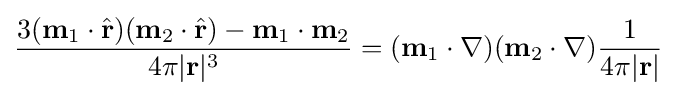
{\frac {3(\mathbf {m} _{1}\cdot {\hat {\mathbf {r} }})(\mathbf {m} _{2}\cdot {\hat {\mathbf {r} }})-\mathbf {m} _{1}\cdot \mathbf {m} _{2}}{4\pi |\mathbf {r} |^{3}}}=(\mathbf {m} _{1}\cdot \mathbf {\nabla } )(\mathbf {m} _{2}\cdot \mathbf {\nabla } ){\frac {1}{4\pi |\mathbf {r} |}}